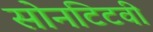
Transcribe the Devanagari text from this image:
सोनटिटवी